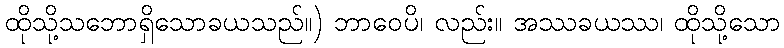
ထိုသို့သဘောရှိသောခယသည်။) ဘာဝေပိ၊ လည်း။ အဿခယဿ၊ ထိုသို့သော